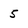
Character: 5